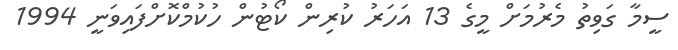
ސީމާ ގަވިތު މެރުމަށް މީގެ 13 އަހަރު ކުރިން ކޯޓުން ހުކުމްކޮށްފައިވަނީ 1994